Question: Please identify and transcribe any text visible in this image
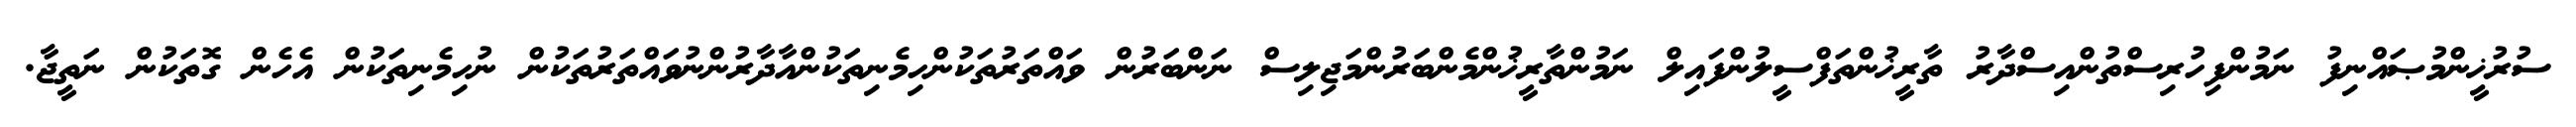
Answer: ސުރުޚީންމުޞައްނިފު ނަމުންފިހުރިސްތުންއިސްދާރު ތާރީޚުންތަފްސީލުންފައިލް ނަމުންތާރީޚުންމެންބަރުންމަޖިލިސް ނަންބަރުން ވައްތަރުތަކުންހިމެނިތަކުންއާދާރުންނުވައްތަރުތަކުން ނުހިމެނިތަކުން އެހެން ގޮތަކުން ނަތީޖާ.